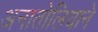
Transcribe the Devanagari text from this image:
अनातोलियाने